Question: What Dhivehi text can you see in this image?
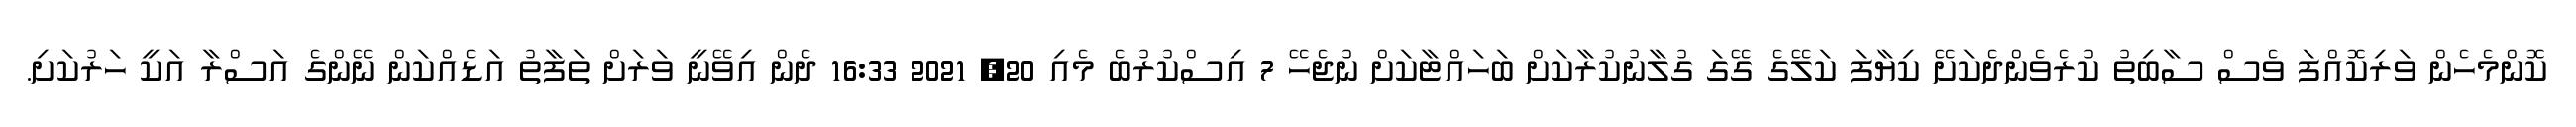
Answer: ކޮންމެހެން ވަރިކޮއްފަ ވެސް ސާބިތު ކުރެވެންދެކަށޭ ކިޔާފަ ކަލޭގެ ގޭގަ ގުލާނުކުރާކަށް ބަހައްޓާކަށް ނުޖެހޭ 7 އިސްކުރުބެ މެއި 20, 2021 16:33 ދެން އިވޭނީ ވަރަށް ތަފާތު އަޑެއްކަން ނޭންގެ އަސްރާ އަކީ ހަރުކަށި.